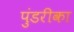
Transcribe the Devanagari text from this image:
पुंडरीका